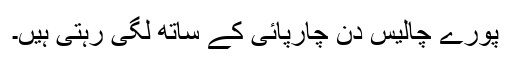
پورے چالیس دن چارپائی کے ساتھ لگی رہتی ہیں۔